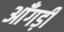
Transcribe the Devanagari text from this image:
आँगड़ी